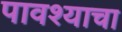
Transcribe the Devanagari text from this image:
पावश्याचा